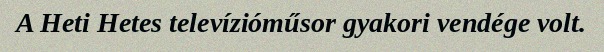
A Heti Hetes televízióműsor gyakori vendége volt.